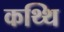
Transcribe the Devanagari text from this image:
कथ्थि